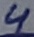
Text: 4